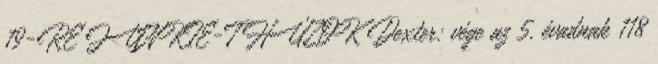
19-RE JUNKIE-T HÚZOK Dexter: vége az 5. évadnak 118